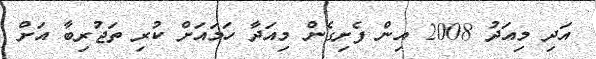
އަދި މިއަދު 2008 އިން ފެށިގެން މިއަދާ ހަމައަށް ކުރި ތަޖުރިބާ އަށް